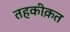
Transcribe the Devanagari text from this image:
तहकीक़त